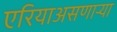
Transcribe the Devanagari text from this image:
एरियाअसणार्‍या